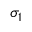
\sigma _ { 1 }